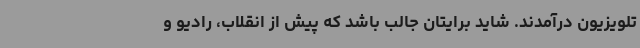
تلویزیون درآمدند. شاید برایتان جالب باشد که پیش از انقلاب، رادیو و